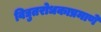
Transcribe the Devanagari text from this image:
विद्युतरोधकाप्रमाणे